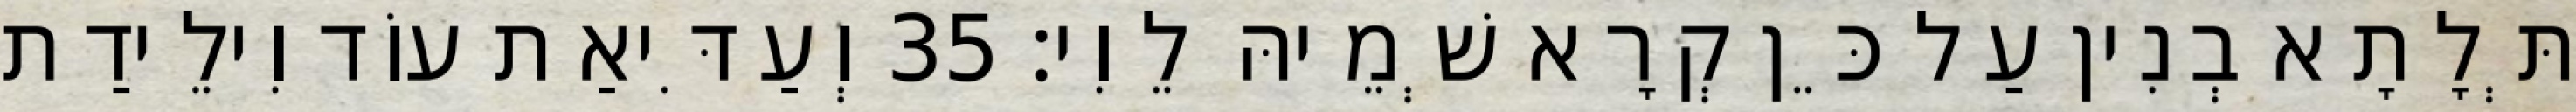
תְּלָתָא בְנִין עַל כֵּן קְרָא שְׁמֵיהּ לֵוִי׃ 35 וְעַדִּיאַת עוֹד וִילֵידַת